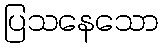
ပြသနေသော